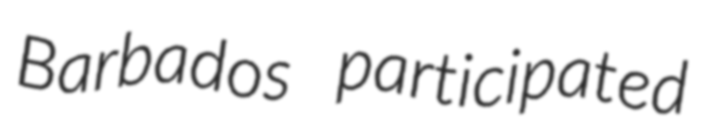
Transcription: Barbados participated